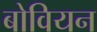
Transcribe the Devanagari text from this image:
बोवियन